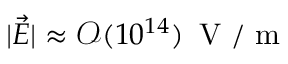
| \vec { E } | \approx \mathcal { O } ( 1 0 ^ { 1 4 } ) \, \mathrm { ~ V ~ } / \mathrm { ~ m ~ }